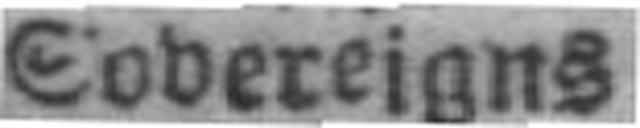
Sovereigns